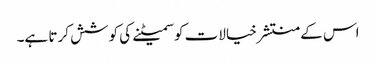
اس کے منتشر خیالات کو سمیٹنے کی کوشش کرتا ہے۔